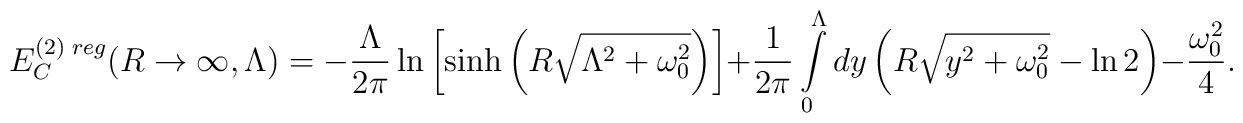
E_C^{(2)\;reg}(R\to\infty,\Lambda)=-\frac{\Lambda}{2\pi}\ln\left[\sinh\left(R\sqrt{\Lambda^2+\omega_0^2}\right)\right]+\frac{1}{2\pi}\int\limits_{0}^{\Lambda}dy\left(R\sqrt{y^2+\omega_0^2}-\ln 2\right)-\frac{\omega_0^2}{4}.